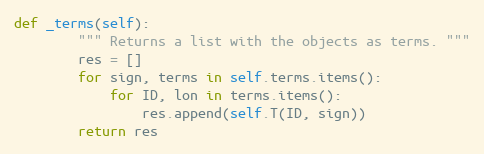
Language: Python
def _terms(self):
        """ Returns a list with the objects as terms. """
        res = []
        for sign, terms in self.terms.items():
            for ID, lon in terms.items():
                res.append(self.T(ID, sign))
        return res